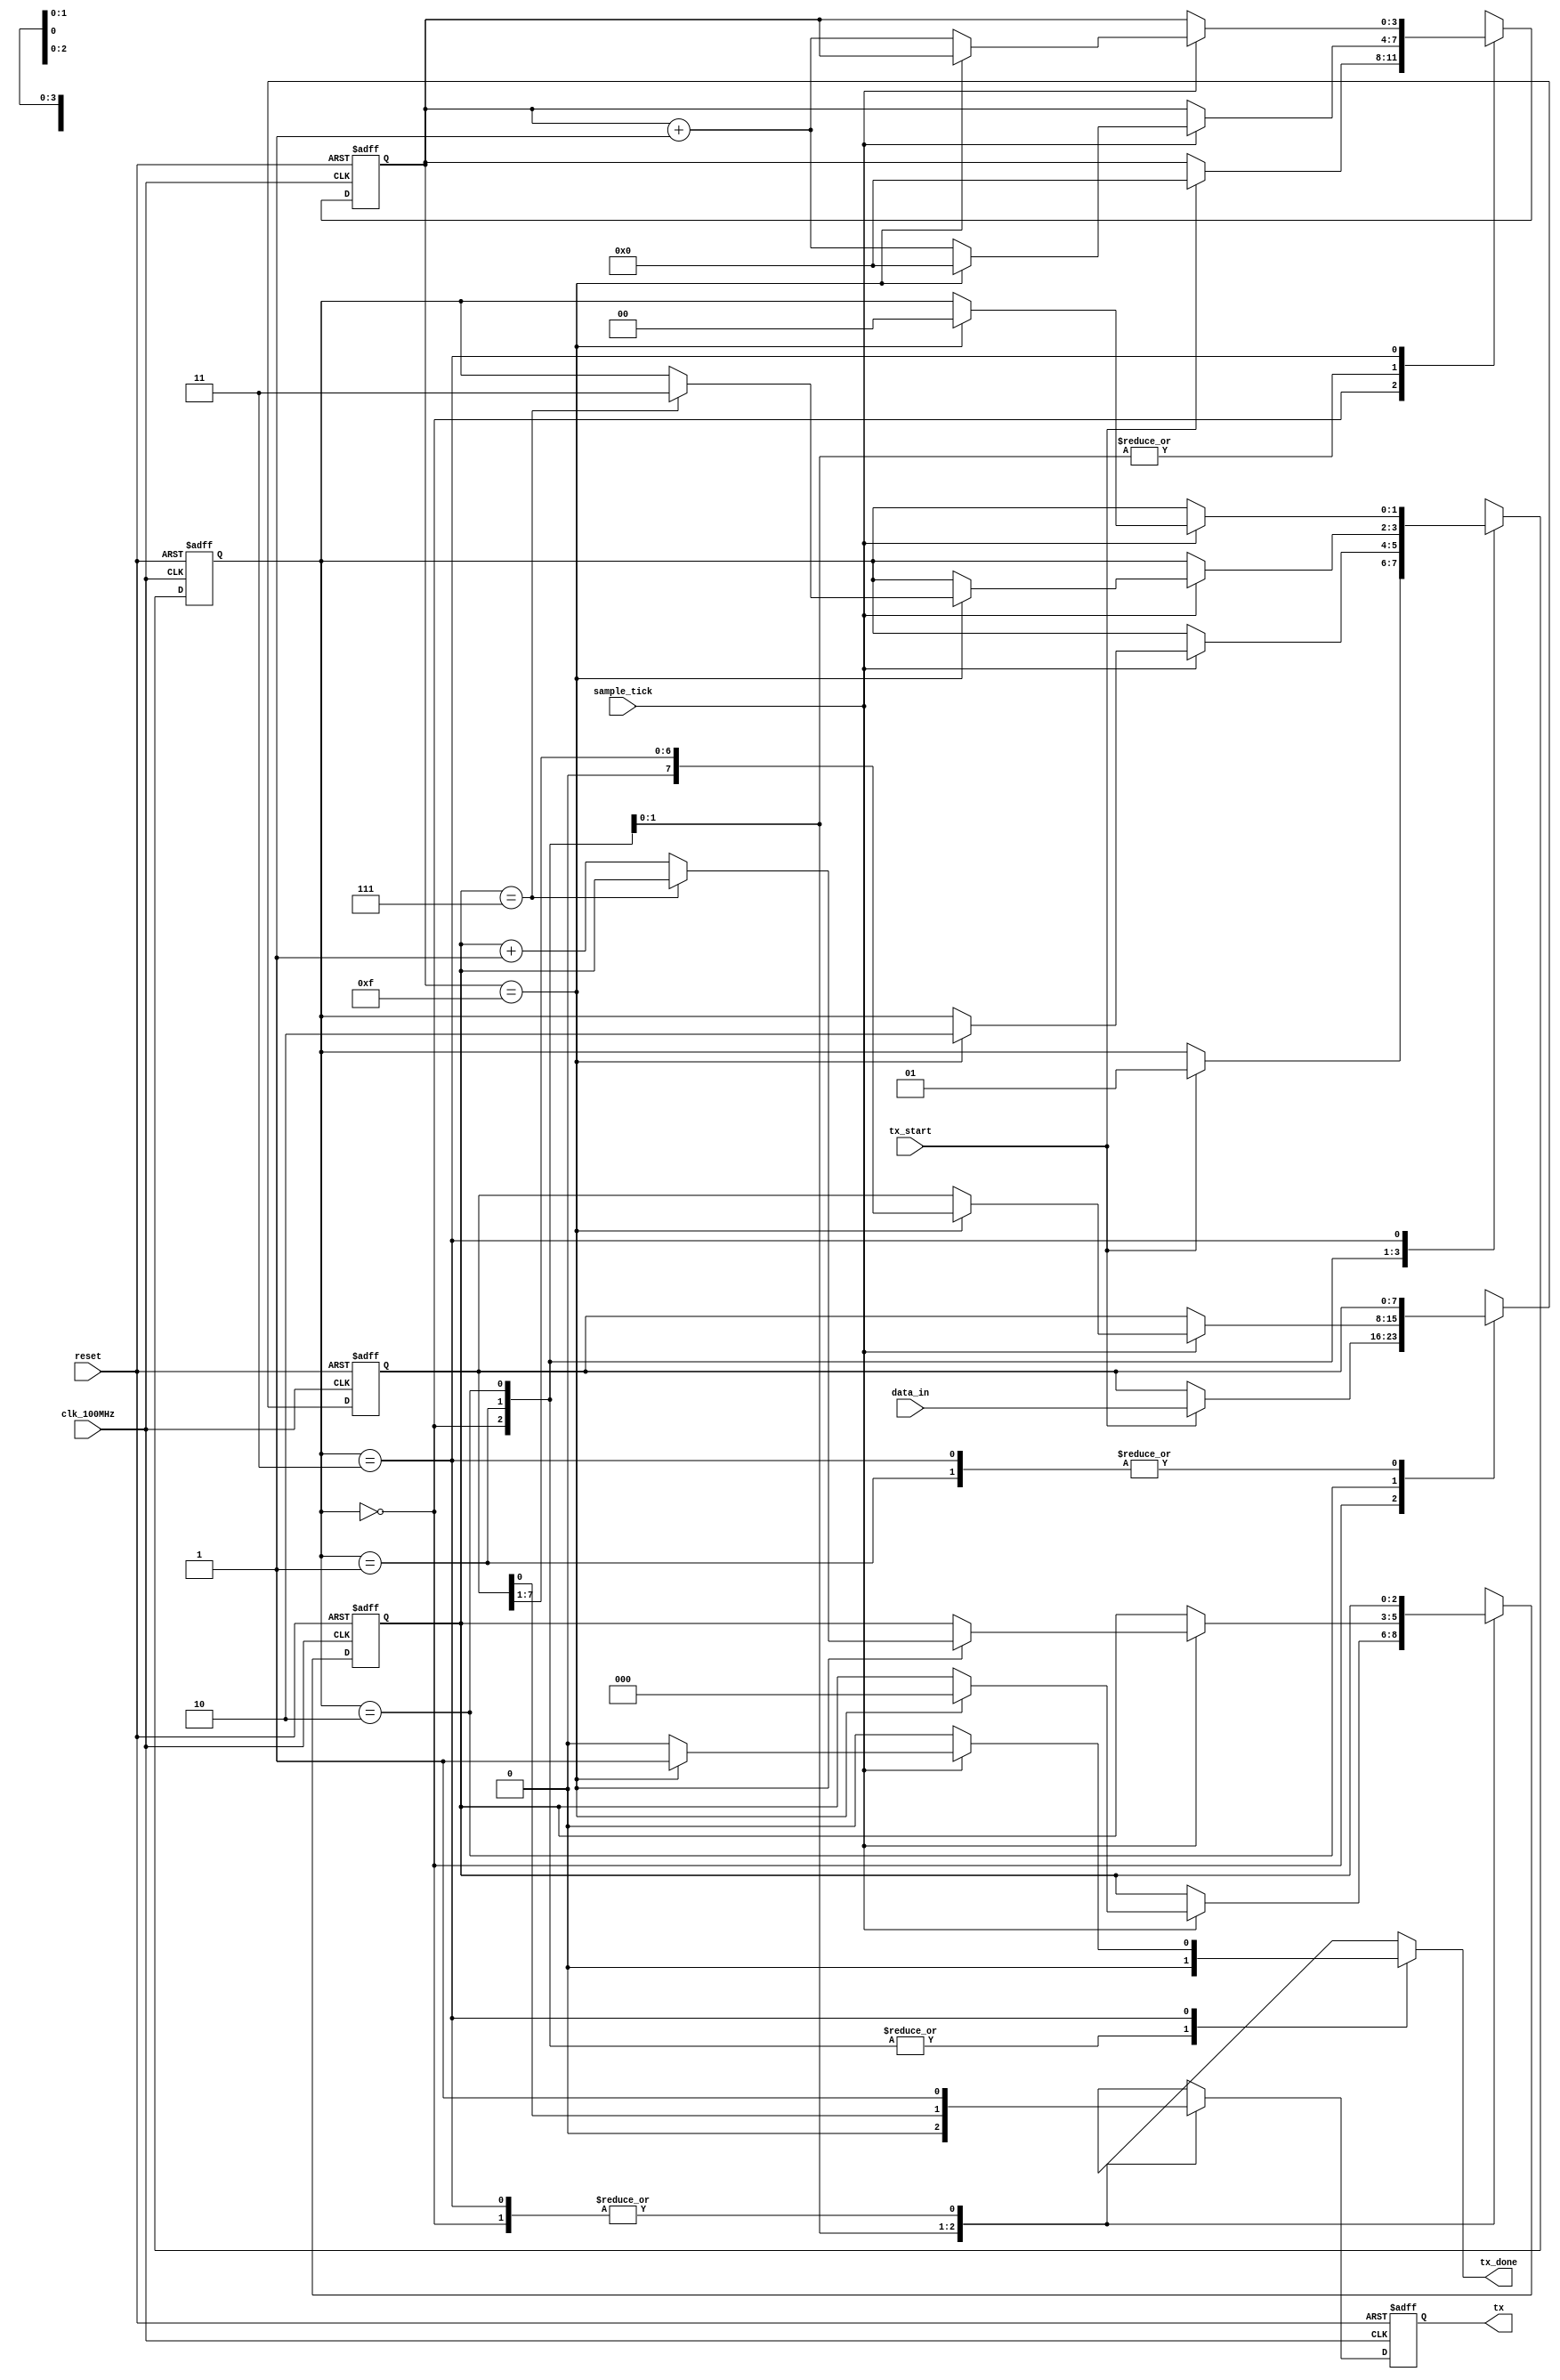
`timescale 1ns / 1ps
//////////////////////////////////////////////////////////////////////////////////
// Company: 
// Engineer: 
// 
// Design Name: 
// Module Name: uart_transmitter
// Project Name: 
// Target Devices: 
// Tool Versions: 
// Description: 
// 
// Dependencies: 
// 
// Revision:
// Revision 0.01 - File Created
// Additional Comments:
// 
//////////////////////////////////////////////////////////////////////////////////


`timescale 1ns / 1ps
//////////////////////////////////////////////////////////////////////////////////
// Reference Book: FPGA Prototyping By Verilog Examples Xilinx Spartan-3 Version
// Authored by: Dr. Pong P. Chu
// Published by: Wiley
//
// Adapted for the Basys 3 Artix-7 FPGA by David J. Marion
//
// UART Transmitter for the UART System
//
// Comments:
// - Many of the variable names have been changed for clarity
//////////////////////////////////////////////////////////////////////////////////

module uart_transmitter
    #(
        parameter   DBITS = 8,          // number of data bits
                    SB_TICK = 16        // number of stop bit / oversampling ticks (1 stop bit)
    )
    (
        input clk_100MHz,               // basys 3 FPGA
        input reset,                    // reset
        input tx_start,                 // begin data transmission (FIFO NOT empty)
        input sample_tick,              // from baud rate generator
        input [DBITS-1:0] data_in,      // data word from FIFO
        output reg tx_done,             // end of transmission
        output tx                       // transmitter data line
    );
    
    // State Machine States
    localparam [1:0]    idle  = 2'b00,
                        start = 2'b01,
                        data  = 2'b10,
                        stop  = 2'b11;
    
    // Registers                    
    reg [1:0] state, next_state;            // state registers
    reg [3:0] tick_reg, tick_next;          // number of ticks received from baud rate generator
    reg [2:0] nbits_reg, nbits_next;        // number of bits transmitted in data state
    reg [DBITS-1:0] data_reg, data_next;    // assembled data word to transmit serially
    reg tx_reg, tx_next;                    // data filter for potential glitches
    
    // Register Logic
    always @(posedge clk_100MHz, posedge reset)
        if(reset) begin
            state <= idle;
            tick_reg <= 0;
            nbits_reg <= 0;
            data_reg <= 0;
            tx_reg <= 1'b1;
        end
        else begin
            state <= next_state;
            tick_reg <= tick_next;
            nbits_reg <= nbits_next;
            data_reg <= data_next;
            tx_reg <= tx_next;
        end
    
    // State Machine Logic
    always @* begin
        next_state = state;
        tx_done = 1'b0;
        tick_next = tick_reg;
        nbits_next = nbits_reg;
        data_next = data_reg;
        tx_next = tx_reg;
        
        case(state)
            idle: begin                     // no data in FIFO
                tx_next = 1'b1;             // transmit idle
                if(tx_start) begin          // when FIFO is NOT empty
                    next_state = start;
                    tick_next = 0;
                    data_next = data_in;
                end
            end
            
            start: begin
                tx_next = 1'b0;             // start bit
                if(sample_tick)
                    if(tick_reg == 15) begin
                        next_state = data;
                        tick_next = 0;
                        nbits_next = 0;
                    end
                    else
                        tick_next = tick_reg + 1;
            end
            
            data: begin
                tx_next = data_reg[0];
                if(sample_tick)
                    if(tick_reg == 15) begin
                        tick_next = 0;
                        data_next = data_reg >> 1;
                        if(nbits_reg == (DBITS-1))
                            next_state = stop;
                        else
                            nbits_next = nbits_reg + 1;
                    end
                    else
                        tick_next = tick_reg + 1;
            end
            
            stop: begin
                tx_next = 1'b1;         // back to idle
                if(sample_tick)
                    if(tick_reg == (SB_TICK-1)) begin
                        next_state = idle;
                        tx_done = 1'b1;
                    end
                    else
                        tick_next = tick_reg + 1;
            end
        endcase    
    end
    
    // Output Logic
    assign tx = tx_reg;
 
endmodule